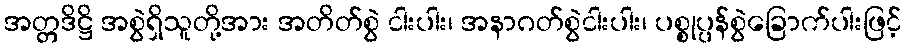
အတ္တဒိဋ္ဌိ အစွဲရှိသူတို့အား အတိတ်စွဲ ငါးပါး၊ အနာဂတ်စွဲငါးပါး၊ ပစ္စုပ္ပန်စွဲခြောက်ပါးဖြင့်